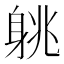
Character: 䠷